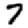
Digit: 7